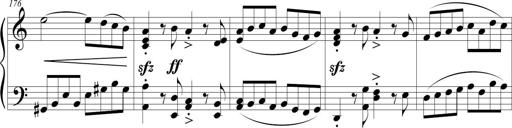
Title: Sonatina (Piano Sonata No.9)
Composer: Richard St. Clair